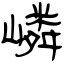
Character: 嶙